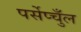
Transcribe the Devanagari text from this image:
पर्सेप्चुँल